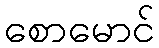
စောမောင်